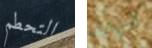
التحطم أسرعت